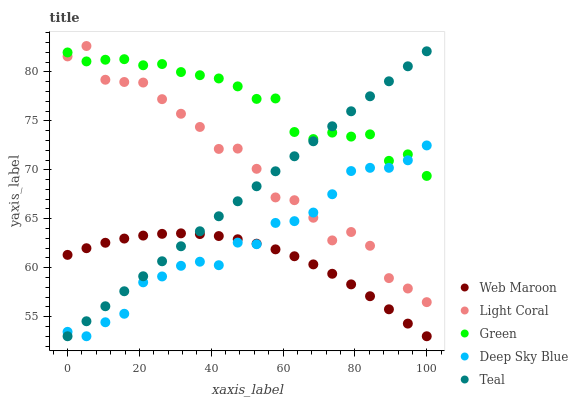
| xaxis_label | Web Maroon | Light Coral | Green | Deep Sky Blue | Teal |
 | --- | --- | --- | --- | --- | --- |
 | 0 | 61.3 | 81.6 | 82 | 53.5 | 53 |
 | 5.26 | 62 | 82.6 | 81.1 | 53 | 54.5 |
 | 10.5 | 62.5 | 79.2 | 81.2 | 54.4 | 56.1 |
 | 15.8 | 63 | 79 | 81.3 | 55.3 | 57.6 |
 | 21.1 | 63.3 | 78.9 | 80.7 | 58.5 | 59.1 |
 | 26.3 | 63.5 | 77.2 | 80.8 | 59.1 | 60.7 |
 | 31.6 | 63.5 | 75.7 | 80 | 60.2 | 62.2 |
 | 36.8 | 63.4 | 74.4 | 79.7 | 60.6 | 63.7 |
 | 42.1 | 63.2 | 72.1 | 79.3 | 60.3 | 65.3 |
 | 47.4 | 62.9 | 72.2 | 78.5 | 62.6 | 66.8 |
 | 52.6 | 62.5 | 70.1 | 77.2 | 62.4 | 68.3 |
 | 57.9 | 61.9 | 67.2 | 77.3 | 64.6 | 69.9 |
 | 63.2 | 61.2 | 66.9 | 73.9 | 64.8 | 71.4 |
 | 68.4 | 60.3 | 65.1 | 73.1 | 65.6 | 72.9 |
 | 73.7 | 59.4 | 62.8 | 73.8 | 67.5 | 74.4 |
 | 78.9 | 58.3 | 63.6 | 73.4 | 69.9 | 76 |
 | 84.2 | 57.1 | 62.2 | 73.6 | 70.2 | 77.5 |
 | 89.5 | 55.8 | 58.9 | 70.9 | 70.2 | 79 |
 | 94.7 | 54.3 | 57.9 | 71.6 | 71 | 80.6 |
 | 100 | 53 | 56.5 | 69.4 | 72.5 | 82.1 |